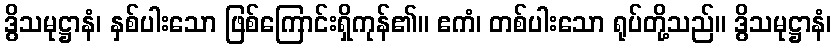
ဒွိသမုဋ္ဌာနံ၊ နှစ်ပါးသော ဖြစ်ကြောင်းရှိကုန်၏။ ဧကံ၊ တစ်ပါးသော ရုပ်တို့သည်။ ဒွိသမုဋ္ဌာနံ၊